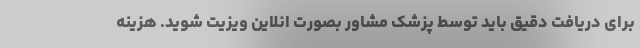
برای دریافت دقیق باید توسط پزشک مشاور بصورت انلاین ویزیت شوید. هزینه